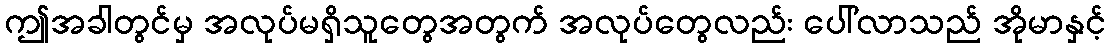
ဤအခါတွင်မှ အလုပ်မရှိသူတွေအတွက် အလုပ်တွေလည်း ပေါ်လာသည် အိုမာနှင့်